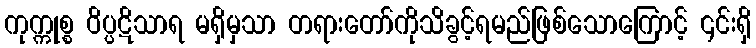
ကုက္ကုစ္စ ဝိပ္ပဋိသာရ မရှိမှသာ တရားတော်ကိုသိခွင့်ရမည်ဖြစ်သောကြောင့် ၎င်းရှိ